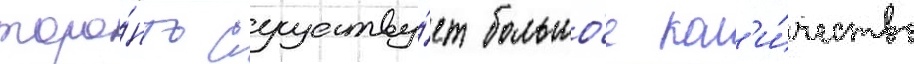
торо́нто существу́ет большо́е кол'и́чество